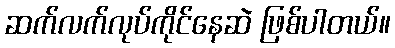
ဆက်လက်လုပ်ကိုင်နေဆဲ ဖြစ်ပါတယ်။